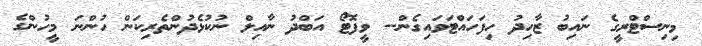
މިނިސްޓްރީގެ ނައިބު ޒާހިދު ހިފަހައްޓަވައިގެން-- ވީފޮޓޯ އަބްދު ނާއިލް ނުކުޅެދުންތެރިކަން ހުންނަ މީހުންގެ